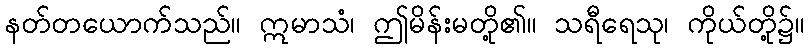
နတ်တယောက်သည်။ ဣမာသံ၊ ဤမိန်းမတို့၏။ သရီရေသု၊ ကိုယ်တို့၌။